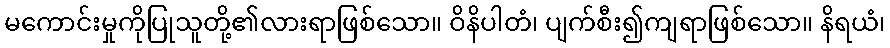
မကောင်းမှုကိုပြုသူတို့၏လားရာဖြစ်သော။ ဝိနိပါတံ၊ ပျက်စီး၍ကျရာဖြစ်သော။ နိရယံ၊